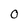
Character: 0